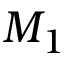
M _ { 1 }